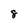
Character: 8